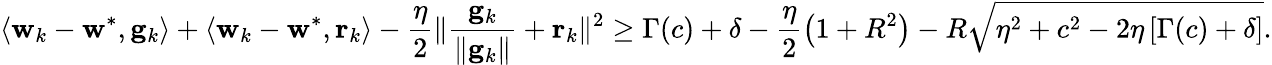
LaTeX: \langle\mathbf w_{k}-\mathbf w^{*},\mathbf g_{k}\rangle+\langle\mathbf w_{k}-\mathbf w^{*},\mathbf r_{k}\rangle-\frac{\eta}{2}\| \frac{\mathbf g_{k}}{\| \mathbf g_{k}\| }+\mathbf r_{k}\| ^{2}\geq\Gamma(c)+\delta-\frac{\eta}{2}\left(1+R^{2}\right)-R\sqrt{\eta^{2}+c^{2}-2\eta\left[\Gamma(c)+\delta\right]}.